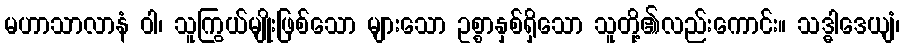
မဟာသာလာနံ ဝါ၊ သူကြွယ်မျိုးဖြစ်သော များသော ဥစ္စာနှစ်ရှိသော သူတို့၏လည်းကောင်း။ သဒ္ဓါဒေယျံ၊